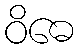
ဝိဓေ